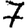
Digit: 7